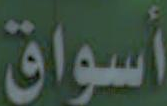
أسواق